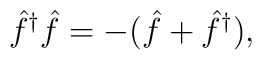
\hat{f}^{\dagger}\hat{f}=		-(\hat{f}+\hat{f}^{\dagger}),